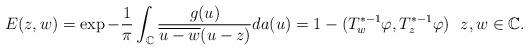
LaTeX: \begin{align*} E(z,w) = \exp -\frac{1}{\pi}\int_{\mathbb{C} }\frac{g(u)}{\overline{u-w} (u-z) } da(u ) = 1 - (T_{w}^{*-1}\varphi, T_{z}^{*-1}\varphi)\ \ z,w\in\mathbb{C}.\end{align*}